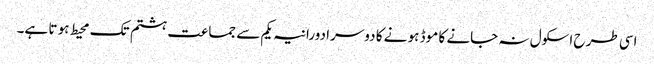
اسی طر ح اسکول نہ جانے کا موڈ ہو نے کا دوسرا دورانیہ یکم سے جما عت ہشتم تک محیط ہو تا ہے۔